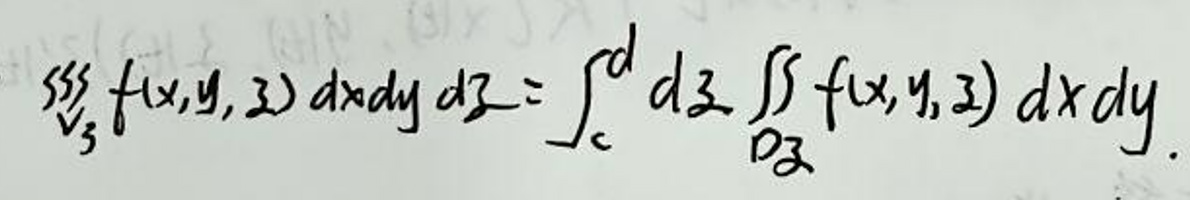
$\iiint_{V} f(x,y,z) dx dy dz = \int_{c}^{d} dz \iint_{D_z} f(x,y,z) dx dy$